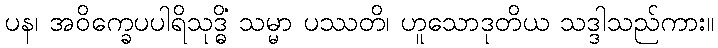
ပန၊ အဝိက္ခေပပါရိသုဒ္ဓိံ သမ္မာ ပဿတိ၊ ဟူသောဒုတိယ သဒ္ဒါသည်ကား။